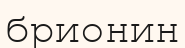
брионин